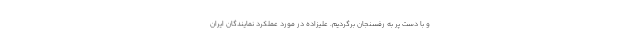
و با دست پر به رفسنجان برگردیم. علیزاده در مورد عملکرد نمایندگان ایران